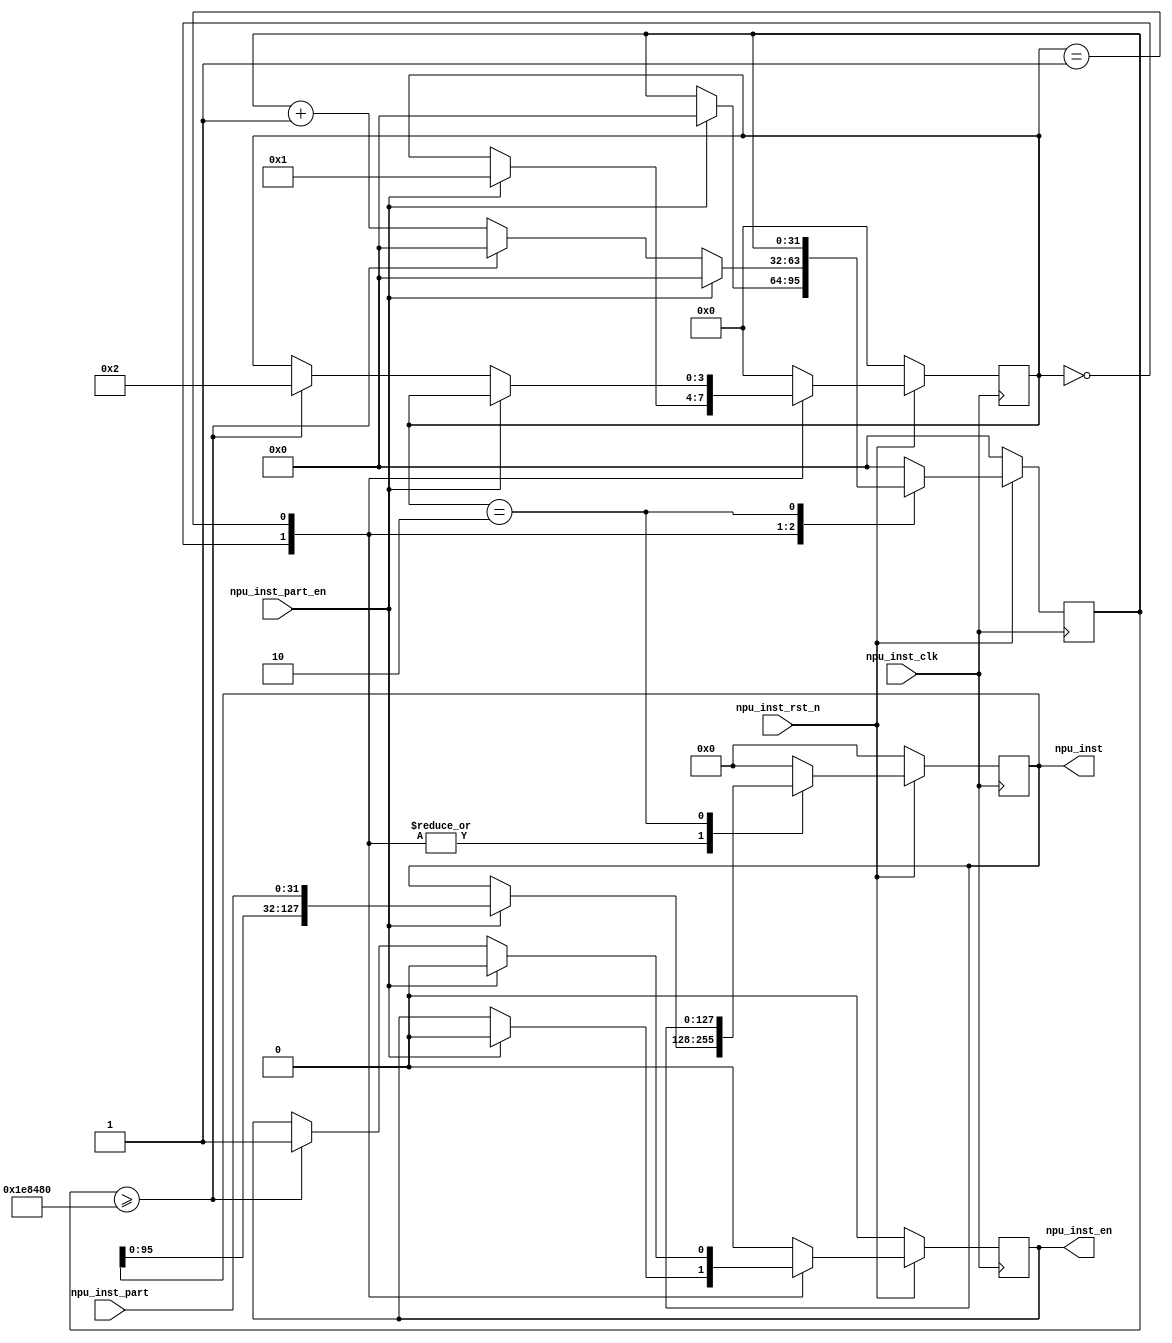
module npu_inst_join
(
	input	wire			npu_inst_clk, npu_inst_rst_n,
	input	wire	[31:0]	npu_inst_part,
	input	wire			npu_inst_part_en,
	output	reg		[127:0]	npu_inst,
	output	reg				npu_inst_en
);

	wire	RESETN = npu_inst_rst_n;
	// npu_inst/npu_inst_en
	// 
	reg		[3:0]	npu_inst_state;
	reg		[31:0]	npu_inst_delay;	// 
	always @(posedge npu_inst_clk)
		if(!RESETN)
		begin
			npu_inst_state <= 0;
			npu_inst <= 0;
			npu_inst_en <= 0;
			npu_inst_delay <= 0;
		end
		else
		begin
			case(npu_inst_state)
				0: begin
					if(npu_inst_part_en)
					begin
						npu_inst <= {npu_inst[95:0], npu_inst_part};
						npu_inst_en <= 0;
						npu_inst_state <= 1;
						npu_inst_delay <= 0;
					end
				end
				
				// 
				1: begin
					if(npu_inst_part_en)
					begin
						npu_inst <= {npu_inst[95:0], npu_inst_part};
						npu_inst_en <= 0;
						npu_inst_delay <= 0;
					end
					else if(npu_inst_delay>=2000000)	// 40ms
					begin
						npu_inst_en <= 1;
						npu_inst_state <= 2;
						npu_inst_delay <= 0;
					end
					else 
						npu_inst_delay <= npu_inst_delay + 1;	// ++
				end
				
				// 
				2: begin
					npu_inst_en <= 0;
					npu_inst_state <= 0;
				end
				
				default: begin
					npu_inst_state <= 0;
					npu_inst <= 0;
					npu_inst_en <= 0;
					npu_inst_delay <= 0;
				end
				
			endcase
		end
		
endmodule